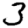
Digit: 3